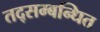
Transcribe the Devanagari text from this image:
तद्सम्बन्धित